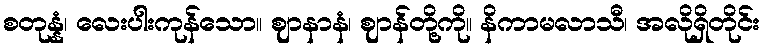
စတုန္နံ၊ လေးပါးကုန်သော။ ဈာနာနံ၊ ဈာန်တို့ကို။ နိကာမလာသီ၊ အလိုရှိတိုင်း